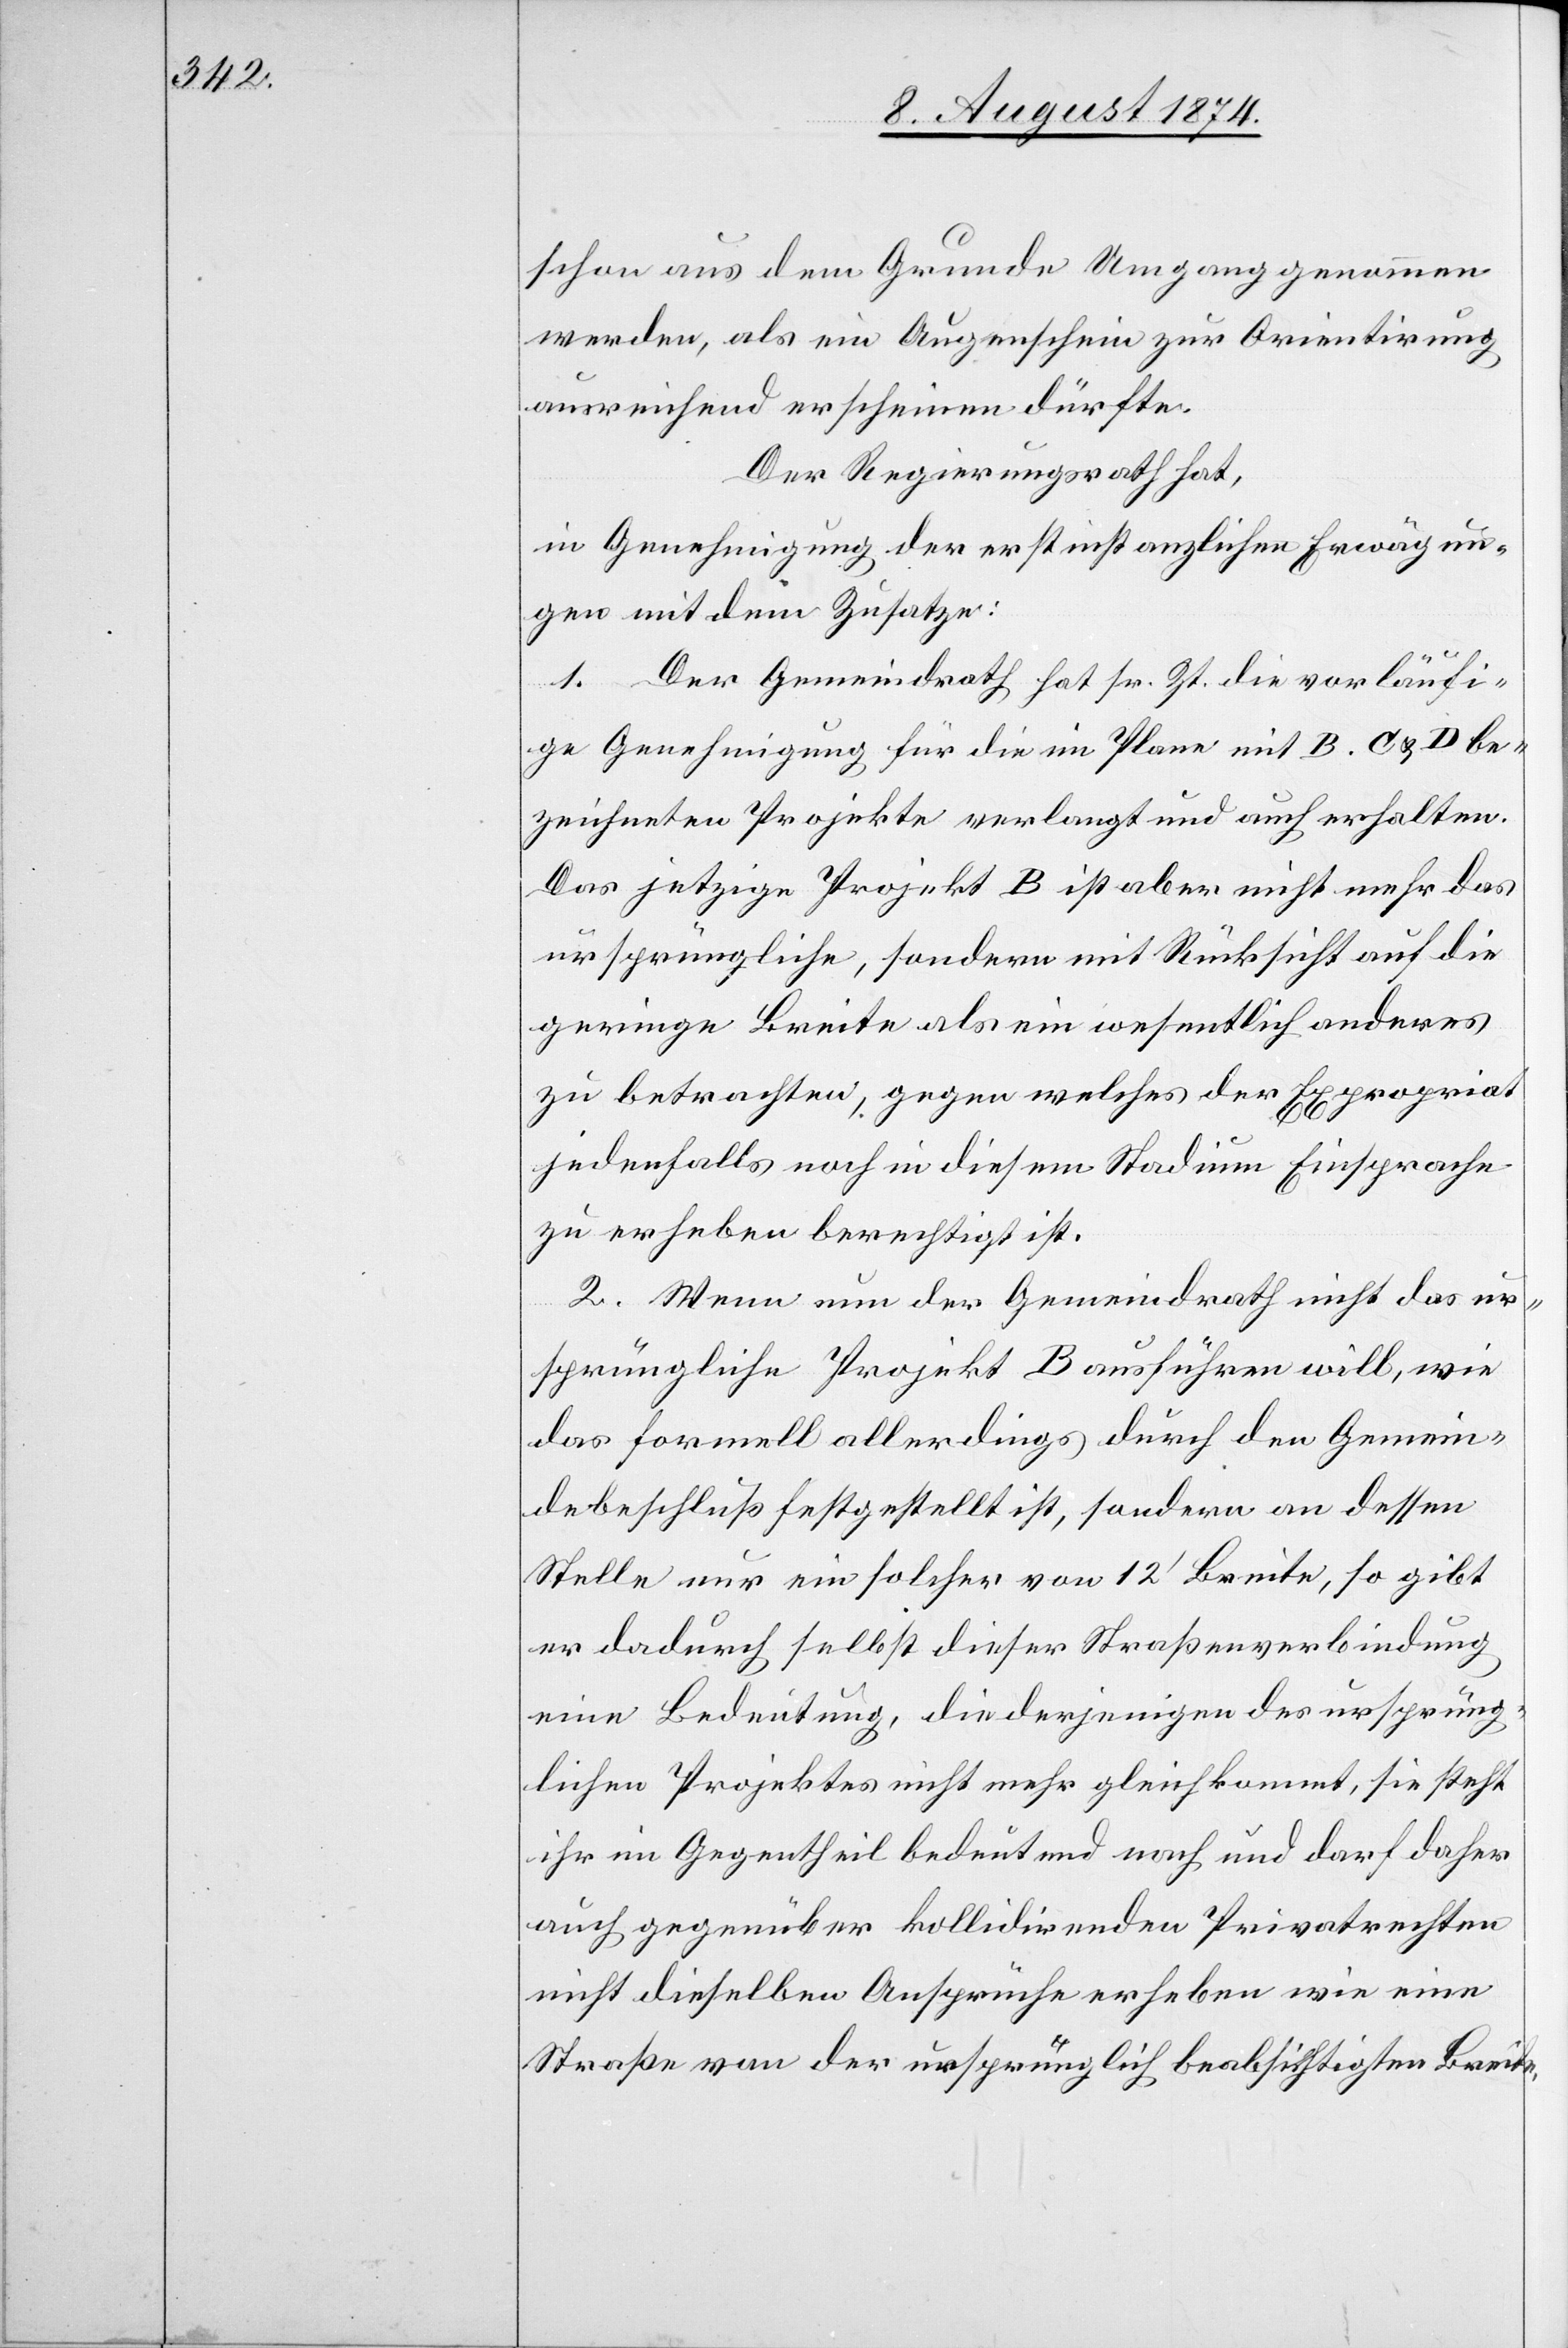
schon aus dem Grunde Umgang genommen
werden, als ein Augenschein zur Orientirung
ausreichend erscheinen dürfte.
Der Regierungsrath hat,
in Genehmigung der erstinstanzlichen Erwägun¬
gen mit dem Zusatze:
1. Der Gemeindrath hat sr. Zt. die vorläufi¬
ge Genehmigung für die im Plane mit B. C. u. D be¬
zeichneten Projekte verlangt und auch erhalten.
Das jetzige Projekt B ist aber nicht mehr das
ursprüngliche, sondern mit Rücksicht auf die
geringe Breite als ein wesentlich anderes
zu betrachten, gegen welches der Expropriat
jedenfalls noch in diesem Stadium Einsprache
zu erheben berechtigt ist.
2. Wenn nun der Gemeindrath nicht das ur¬
sprüngliche Projekt B ausführen will, wie
das formell allerdings durch den Gemein¬
debeschluß festgestellt ist, sondern an dessen
Stelle nur ein solcher von 12‘ Breite, so gibt
er dadurch selbst dieser Straßenverbindung
eine Bedeutung, die derjenigen des ursprüng¬
lichen Projektes nicht mehr gleichkommt, sie steht
ihr im Gegentheil bedeutend nach und darf daher
auch gegenüber kollidirenden Privatrechten
nicht dieselben Ansprüche erheben wie eine
Straße von der ursprünglich beabsichtigten Breite.